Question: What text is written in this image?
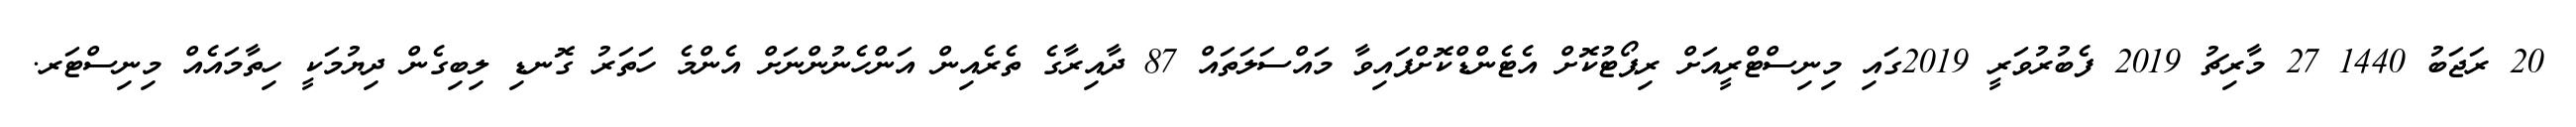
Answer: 20 ރަޖަބު 1440 27 މާރިޗު 2019 ފެބުރުވަރީ 2019ގައި މިނިސްޓްރީއަށް ރިޕޯޓުކޮށް އެޓެންޑްކޮށްފައިވާ މައްސަލަތައް 87 ދާއިރާގެ ތެރެއިން އަންހެނުންނަށް އެންމެ ހަތަރު ގޮނޑި ލިބިގެން ދިޔުމަކީ ހިތާމައެއް މިނިސްޓަރ.